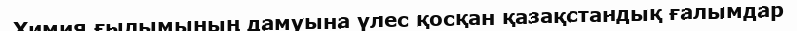
Химия ғылымының дамуына үлес қосқан қазақстандық ғалымдар